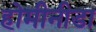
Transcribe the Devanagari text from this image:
होमीनीडा